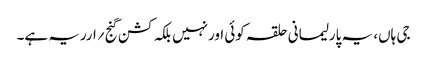
جی ہاں، یہ پارلیمانی حلقہ کوئی اورنہیں بلکہ کشن گنج ؍ارریہ ہے۔